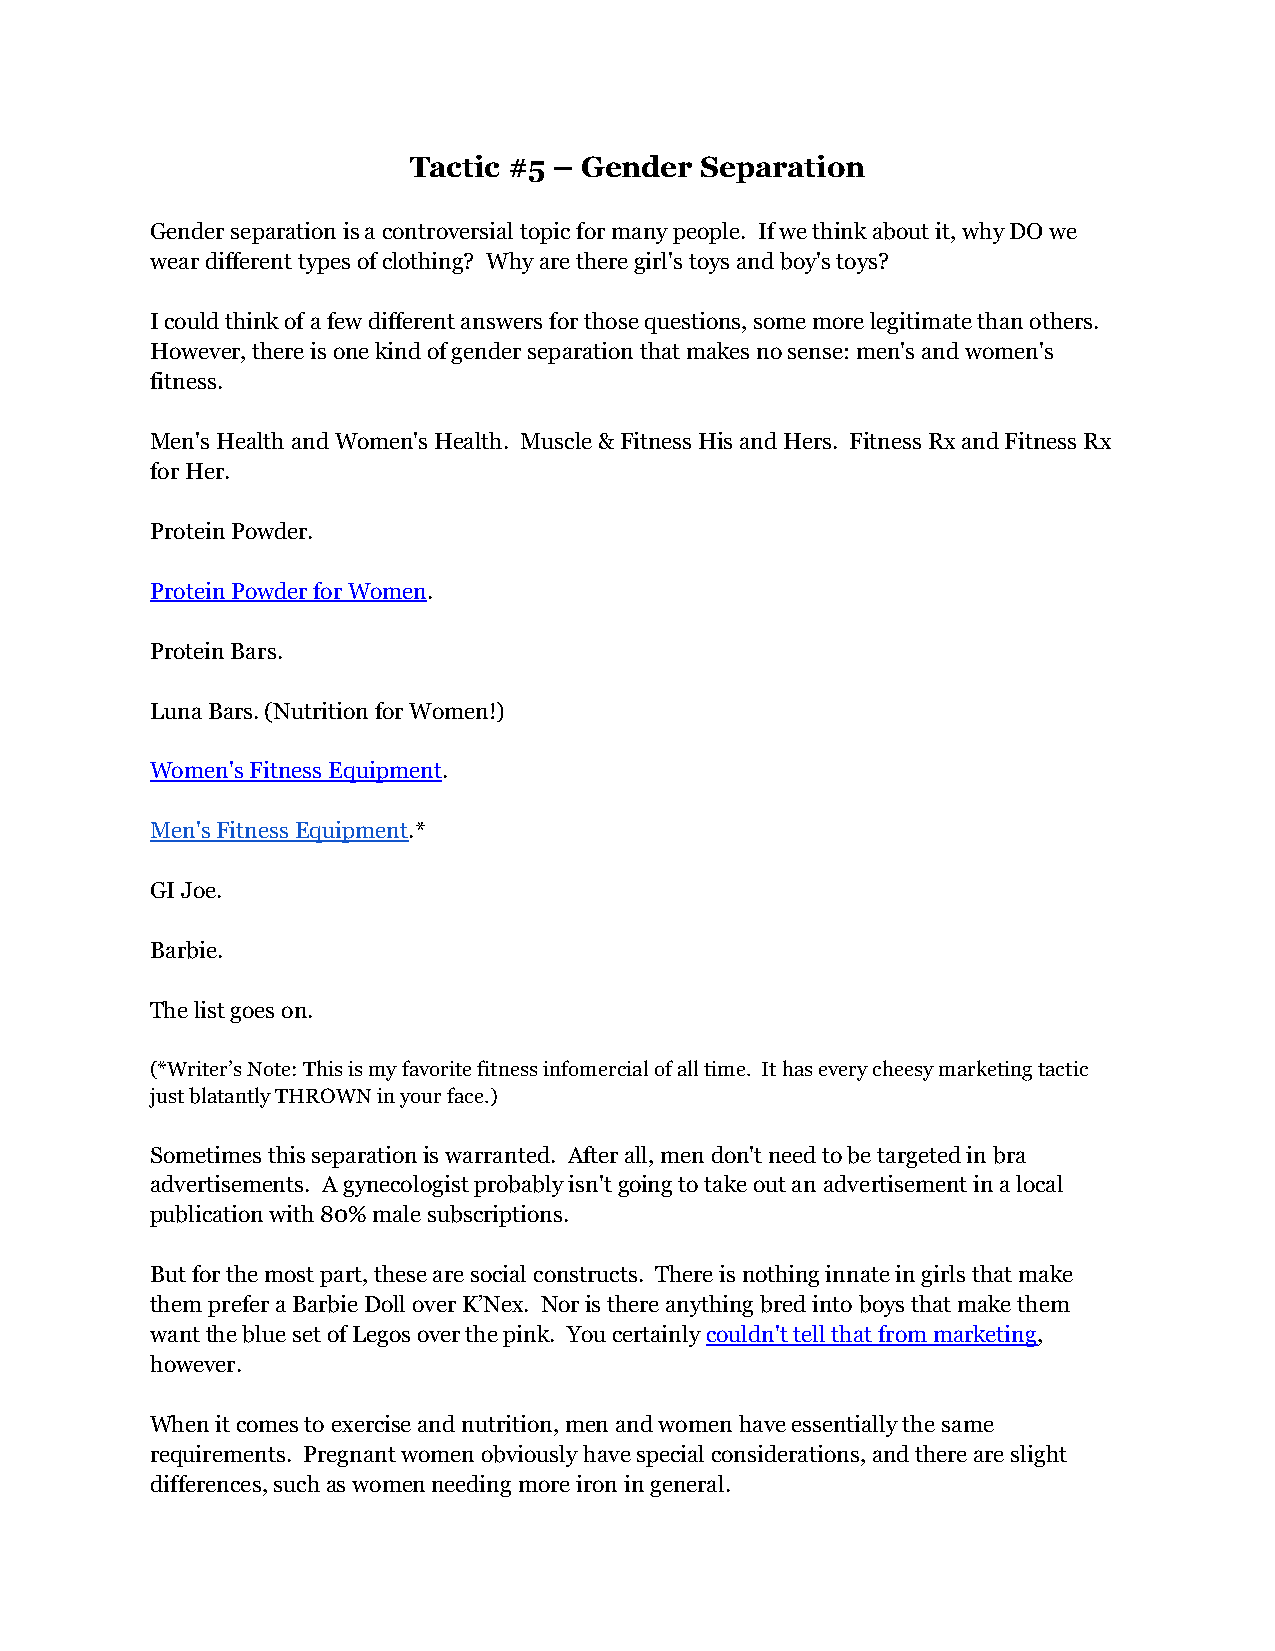
Tactic #5 – Gender Separation
 Gender separation is a controversial topic for many people. If we think about it, why DO we
 wear different types of clothing? Why are there girl's toys and boy's toys?
 I could think of a few different answers for those questions, some more legitimate than others.
 However, there is one kind of gender separation that makes no sense: men's and women's
 fitness.
 Men's Health and Women's Health. Muscle & Fitness His and Hers. Fitness Rx and Fitness Rx
 for Her.
 Protein Powder.
 Protein Powder for Women.
 Protein Bars.
 Luna Bars. (Nutrition for Women!)
 Women's Fitness Equipment.
 Men's Fitness Equipment.*
 GI Joe.
 Barbie.
 The list goes on.
 (*Writer’s Note: This is my favorite fitness infomercial of all time. It has every cheesy marketing tactic
 just blatantly THROWN in your face.)
 Sometimes this separation is warranted. After all, men don't need to be targeted in bra
 advertisements. A gynecologist probably isn't going to take out an advertisement in a local
 publication with 80% male subscriptions.
 But for the most part, these are social constructs. There is nothing innate in girls that make
 them prefer a Barbie Doll over K’Nex. Nor is there anything bred into boys that make them
 want the blue set of Legos over the pink. You certainly couldn't tell that from marketing,
 however.
 When it comes to exercise and nutrition, men and women have essentially the same
 requirements. Pregnant women obviously have special considerations, and there are slight
 differences, such as women needing more iron in general.